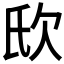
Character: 𣢎